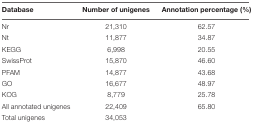
| Database | Number of unigenes | Annotation percentage (%) |
 | --- | --- | --- |
 | Nr | 21,310 | 62.57 |
 | Nt | 11,877 | 34.87 |
 | KEGG | 6,998 | 20.55 |
 | SwissProt | 15,870 | 46.60 |
 | PFAM | 14,877 | 43.68 |
 | GO | 16,677 | 48.97 |
 | KOG | 8,779 | 25.78 |
 | All annotated unigenes | 22,409 | 65.80 |
 | Total unigenes | 34,053 |  |